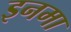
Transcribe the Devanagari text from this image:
इनमा